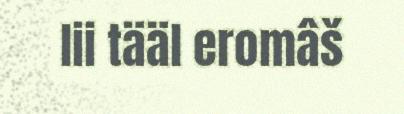
lii tääl eromâš